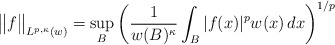
\begin{align*}\big\|f\big\|_{L^{p,\kappa}(w)}=\sup_B\left(\frac{1}{w(B)^{\kappa}}\int_B|f(x)|^pw(x)\,dx\right)^{1/p}\end{align*}